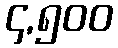
၄,၅၀၀